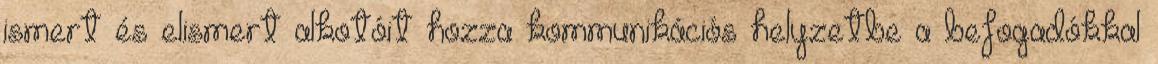
ismert és elismert alkotóit hozza kommunikációs helyzetbe a befogadókkal